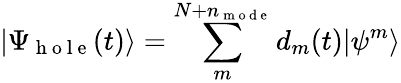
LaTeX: |\Psi_{\mathrm{~h~o~l~e~}}(t)\rangle=\sum_{m}^{N+n_{\mathrm{~m~o~d~e~}}}d_{m}(t)|\psi^{m}\rangle